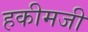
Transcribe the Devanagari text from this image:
हकीमजी